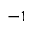
^ { - 1 }